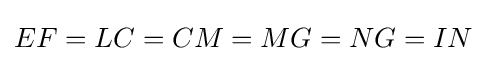
EF=LC=CM=MG=NG=IN